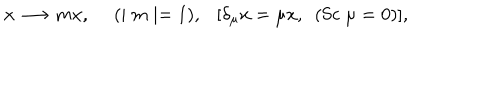
x \longrightarrow m x , ~ ~ ( \mid m \mid = 1 ) , [ \delta _ { \mu } x = \mu x , ~ ~ ( \mathrm { S c } ~ \mu = 0 ) ] ,